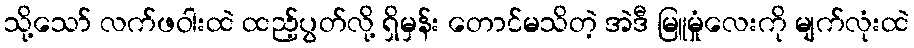
သို့သော် လက်ဖဝါးထဲ ထည့်ပွတ်လို့ ရှိမှန်း တောင်မသိတဲ့ အဲဒီ မြူမှုံလေးကို မျက်လုံးထဲ